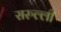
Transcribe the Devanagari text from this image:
सरुल्ली